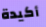
أكيدة